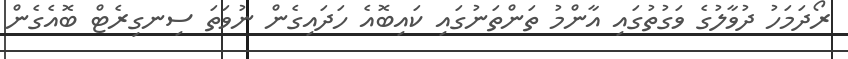
ރޯދަމަހު ދުވާލުގެ ވަގުތުގައި އާންމު ތަންތަނުގައި ކައިބޮއެ ހަދައިގެން ނުވަތަ ސިނގިރެޓް ބޮއެގެން